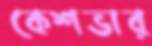
কেশভার